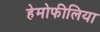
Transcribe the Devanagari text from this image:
हेमोफीलिया